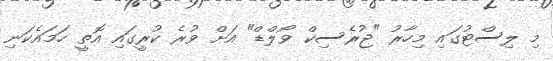
މި ލިސްޓުގައި މިހާރު "ޖުރެސިކް ވޯލްޑް" އަށް ވުރެ ކުރީގައި އޮތީ ހަމައެކަނި